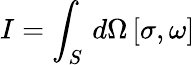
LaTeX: I=\int_{S}\, d\Omega\, [\sigma,\omega]